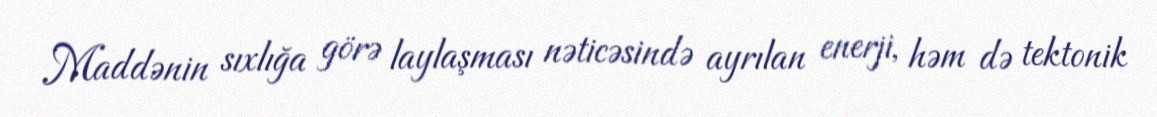
Maddənin sıxlığa görə laylaşması nəticəsində ayrılan enerji, həm də tektonik